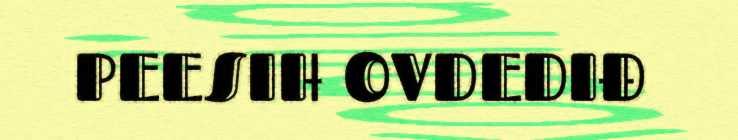
PEESIH OVDEDIĐ